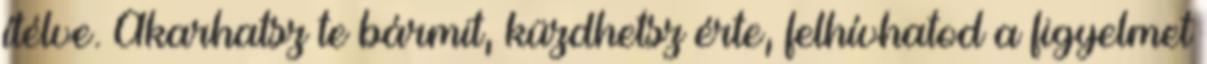
ítélve. Akarhatsz te bármit, küzdhetsz érte, felhívhatod a figyelmet